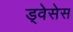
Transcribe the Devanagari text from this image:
ड्वेसेस